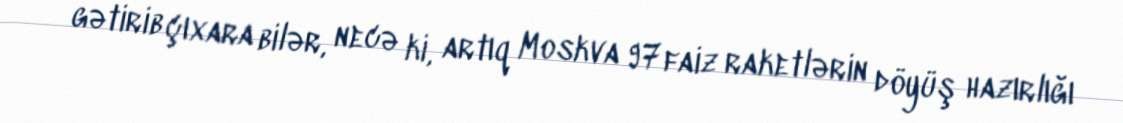
gətirib çıxara bilər, necə ki, artıq Moskva 97 faiz raketlərin döyüş hazırlığı